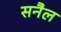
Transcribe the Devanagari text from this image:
सनैल